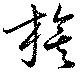
旗